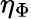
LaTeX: \eta_{\Phi}